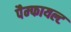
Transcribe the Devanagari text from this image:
पैम्फायल्ट